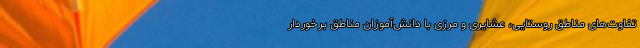
تفاوت‌های مناطق روستایی، عشایری و مرزی با دانش‌آموزان مناطق برخوردار